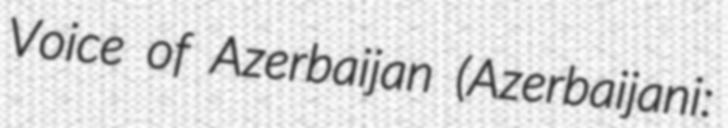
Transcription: Voice of Azerbaijan (Azerbaijani: